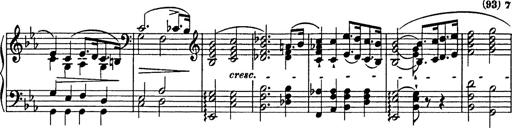
Title: Festmarsch zur SÃ¤cularfeier von Goethes Geburtstag
Composer: Franz Liszt